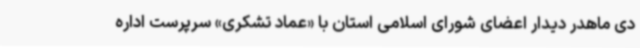
دی ماهدر دیدار ‌اعضای شورای اسلامی استان با «عماد تشکری» سرپرست اداره